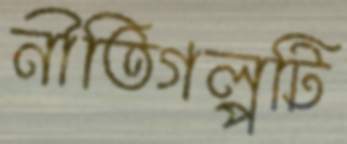
নীতিগল্পটি